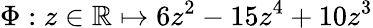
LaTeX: \Phi:z\in\mathbb{R}\mapsto 6z^{2}-15z^{4}+10z^{3}